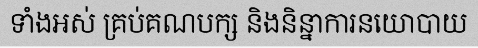
ទាំងអស់ គ្រប់គណបក្ស និងនិន្នាការនយោបាយ